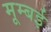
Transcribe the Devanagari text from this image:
मूम्बई